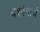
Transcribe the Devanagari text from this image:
दर्शानार्थ